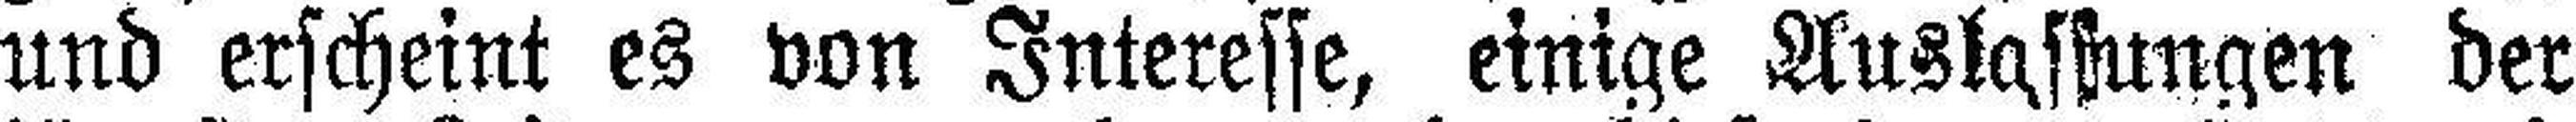
und erscheint es von Interesse, einige Auslastungen der